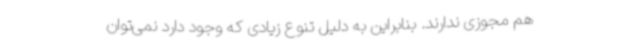
هم مجوزی ندارند. بنابراین به دلیل تنوع زیادی که وجود دارد نمی‌توان